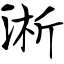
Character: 淅